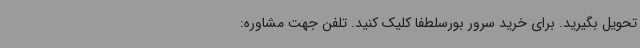
تحویل بگیرید. برای خرید سرور بورسلطفا کلیک کنید. تلفن جهت مشاوره: